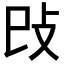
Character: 𢻰